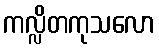
ကလ္လိတကုသလော